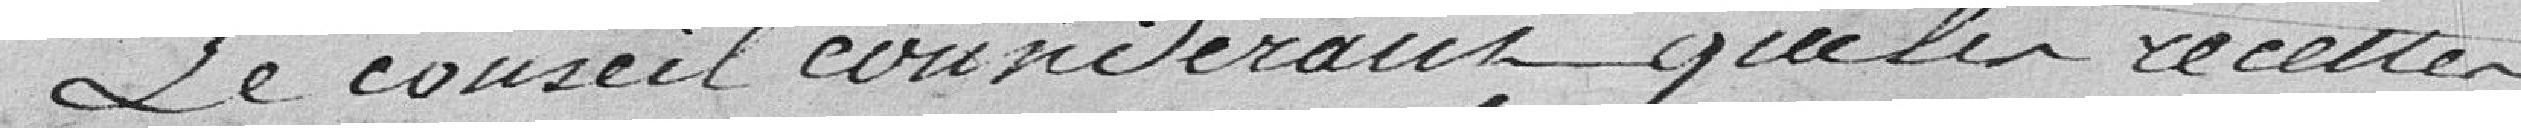
Le Conseil considérant que la recette